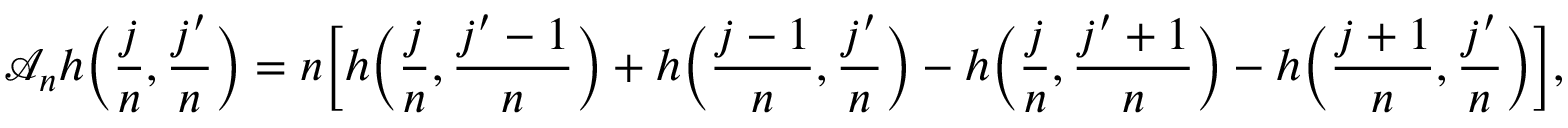
\mathscr { A } _ { n } h \bigg ( \frac { j } { n } , \frac { j ^ { \prime } } { n } \bigg ) = n \bigg [ h \bigg ( \frac { j } { n } , \frac { j ^ { \prime } - 1 } { n } \bigg ) + h \bigg ( \frac { j - 1 } { n } , \frac { j ^ { \prime } } { n } \bigg ) - h \bigg ( \frac { j } { n } , \frac { j ^ { \prime } + 1 } { n } \bigg ) - h \bigg ( \frac { j + 1 } { n } , \frac { j ^ { \prime } } { n } \bigg ) \bigg ] ,